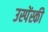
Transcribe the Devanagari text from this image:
उस्पेंस्की